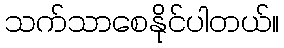
သက်သာစေနိုင်ပါတယ်။